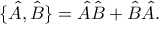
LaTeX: \{ { \hat { A } } , { \hat { B } } \} = { \hat { A } } { \hat { B } } + { \hat { B } } { \hat { A } } .